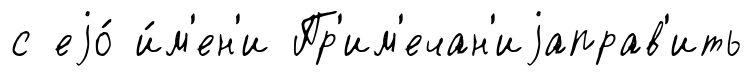
с еjо́ и́м'ен'и Пр'им'ечан'иjаправ'ить